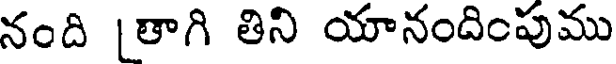
నంది [తాగి తిని యానందింపుము